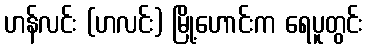
ဟန်လင်း (ဟလင်း) မြို့ဟောင်းက ရေပူတွင်း